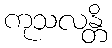
ကုသလန္တိ